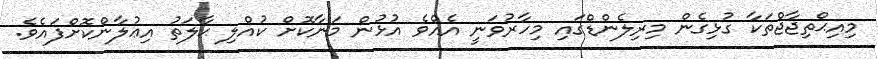
މިއިޙްތިޖާޖްތަކާ ގުޅިގެން މިރިލެންޑްގައި މިހާރުވަނީ އެއްވެ އުޅުން މަނާކޮށް ކުއްލި ޙާލަތު އިޢުލާންކޮށްފައެވެ.